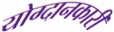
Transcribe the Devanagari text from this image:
योग्दानकारी